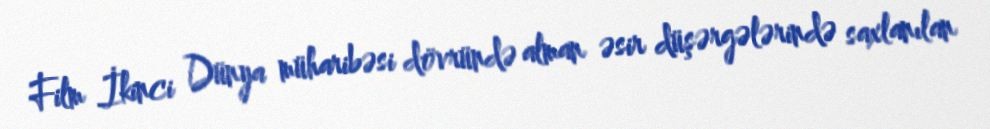
Film İkinci Dünya müharibəsi dövründə alman əsir düşərgələrində saxlanılan